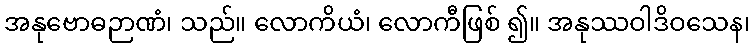
အနုဗောဓဉာဏံ၊ သည်။ လောကိယံ၊ လောကီဖြစ် ၍။ အနုဿဝါဒိဝသေန၊